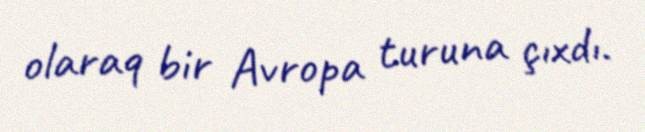
olaraq bir Avropa turuna çıxdı.